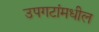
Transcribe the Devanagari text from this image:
उपगटांमधील